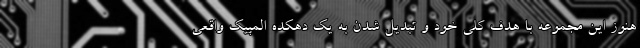
هنوز این مجموعه با هدف کلی خود و تبدیل شدن به یک دهکده المپیک واقعی